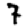
Digit: 7